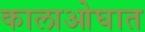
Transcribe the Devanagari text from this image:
कालाओघात